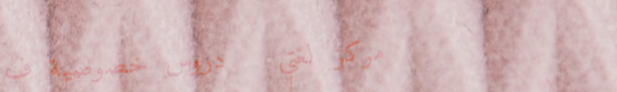
مركز لغتي   دروس خصوصية ف